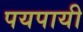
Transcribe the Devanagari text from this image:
पयपायी